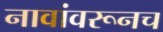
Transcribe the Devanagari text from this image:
नावांवरूनच